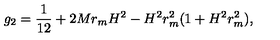
g _ { 2 } = \frac { 1 } { 1 2 } + 2 M r _ { m } H ^ { 2 } - H ^ { 2 } r _ { m } ^ { 2 } ( 1 + H ^ { 2 } r _ { m } ^ { 2 } ) ,